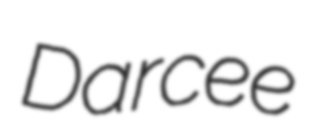
Darcee